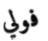
فولي